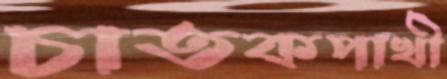
চাতকপাখী